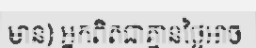
មាន) អ្នកពិតជាគ្មានថ្ងៃអាច